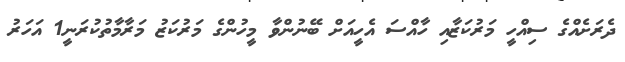
ދެރަށެއްގެ ސިއްހީ މަރުކަޒާއި ހާއްސަ އެހީއަށް ބޭނުންވާ މީހުންގެ މަރުކަޒު މަރާމާތުކުރަނީ1 އަހަރު